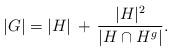
LaTeX: \begin{align*}|G| = |H| \,+\, \frac{|H|^2}{|H \cap H^g|}.\end{align*}